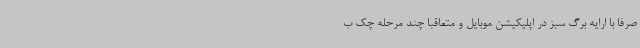
صرفا با ارایه برگ سبز در اپلیکیشن موبایل و متعاقبا چند مرحله چک ب